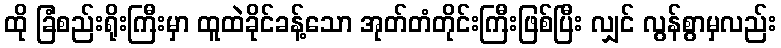
ထို ခြံစည်းရိုးကြီးမှာ ထူထဲခိုင်ခန့်သော အုတ်တံတိုင်းကြီးဖြစ်ပြီး လျှင် လွန်စွာမှလည်း